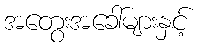
အတွေးအခေါ်များနှင့်